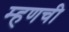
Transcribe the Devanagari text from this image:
म्हणची